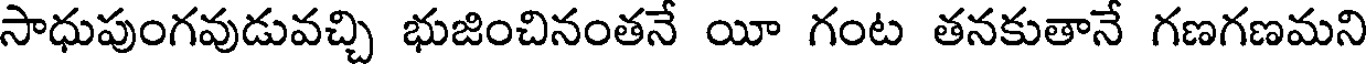
సాధుపుంగవుడువచ్చి భుజించినంతనే యీ గంట తనకుతానే గణగణమని